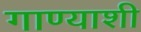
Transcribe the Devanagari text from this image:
गाण्याशी